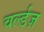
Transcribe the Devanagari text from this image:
वर्ल्डज़